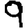
Digit: 9